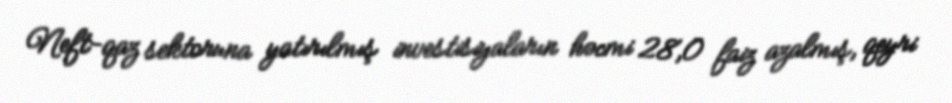
Neft-qaz sektoruna yatırılmış investisiyaların həcmi 28,0 faiz azalmış, qeyri